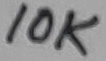
Text: 10K